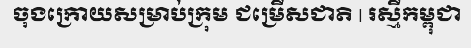
ចុងក្រោយសម្រាប់ក្រុម ជម្រើសជាតិ | រស្មីកម្ពុជា